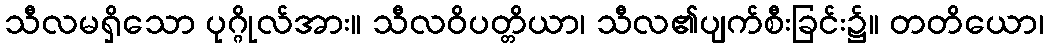
သီလမရှိသော ပုဂ္ဂိုလ်အား။ သီလဝိပတ္တိယာ၊ သီလ၏ပျက်စီးခြင်း၌။ တတိယော၊